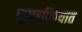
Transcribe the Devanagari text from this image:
सुधरविण्यात